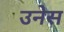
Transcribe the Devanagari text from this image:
उनेस